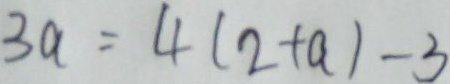
3 a = 4 ( 2 + a ) - 3